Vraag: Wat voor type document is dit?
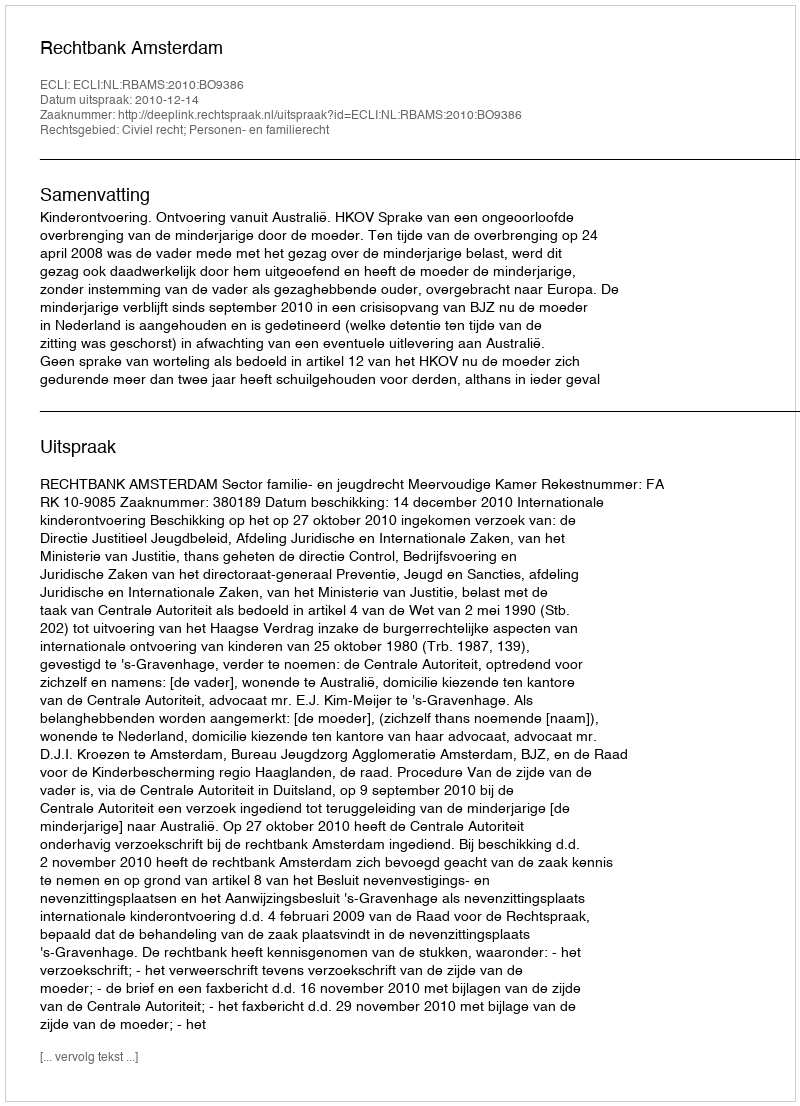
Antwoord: Uitspraak